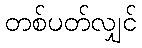
တစ်ပတ်လျှင်